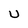
Character: U